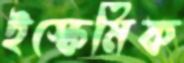
ইস্কেমিক